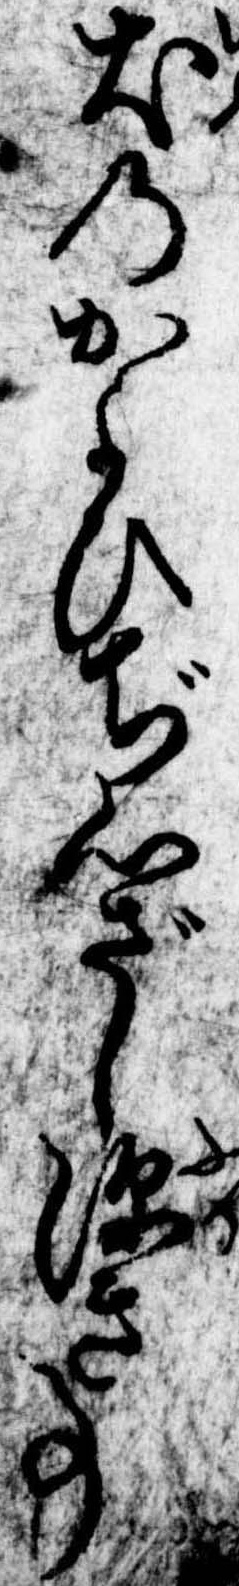
犬のかよひぢ心ざし深き事